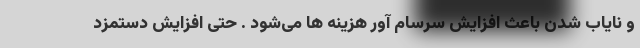
و نایاب شدن باعث افزایش سرسام آور هزینه ها می‌شود . حتی افزایش دستمزد